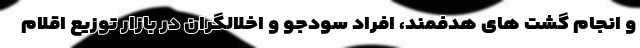
و انجام گشت های هدفمند، افراد سودجو و اخلالگران در بازار توزیع اقلام